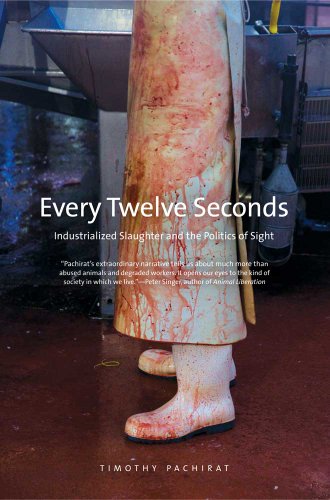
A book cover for Every Twelve Seconds: Industrialized Slaughter and the Politics of Sight (Yale Agrarian Studies Series); Timothy Pachirat; Cookbooks, Food & Wine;